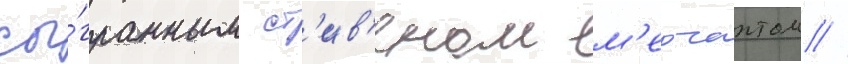
сы́гранным ст'ив'еном м'ерчантом //